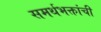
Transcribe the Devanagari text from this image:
समर्थभक्तांची